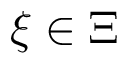
\xi \in \Xi